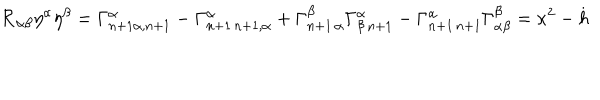
{ \cal R } _ { \alpha \beta } { \eta } ^ { \alpha } { \eta } ^ { \beta } = \Gamma _ { n + 1 \alpha , n + 1 } ^ { \alpha } - \Gamma _ { n + 1 \, n + 1 , \alpha } ^ { \alpha } + \Gamma _ { n + 1 \, \alpha } ^ { \beta } \Gamma _ { \beta \, n + 1 } ^ { \alpha } - \Gamma _ { n + 1 \, n + 1 } ^ { \alpha } \Gamma _ { \alpha \beta } ^ { \beta } = \kappa ^ { 2 } - \dot { h }